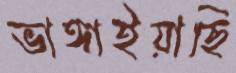
ভাঙ্গাইয়াছি